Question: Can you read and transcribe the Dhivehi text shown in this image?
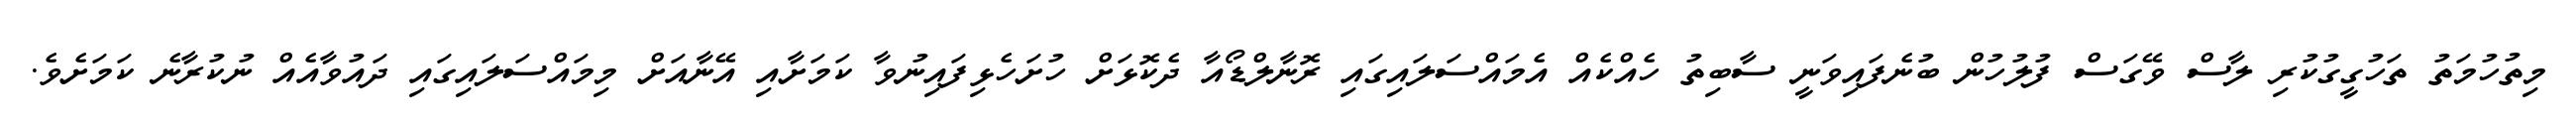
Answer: މިތުހުމަތު ތަހުގީގުކުރި ލާސް ވޭގަސް ފުލުހުން ބުނެފައިވަނީ ސާބިތު ހެއްކެއް އެމައްސަލައިގައި ރޮނާލްޑޯއާ ދެކޮޅަށް ހުށަހެޅިފައިނުވާ ކަމަށާއި އޭނާއަށް މިމައްސަލައިގައި ދައުވާއެއް ނުކުރާނެ ކަމަށެވެ.